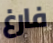
فارغ